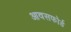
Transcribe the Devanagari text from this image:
आवसफोर्ड